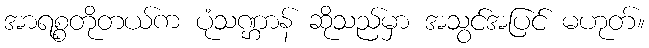
အာရစ္စတိုတယ်က ပုံသဏ္ဌာန် ဆိုသည်မှာ အသွင်အပြင် မဟုတ်။